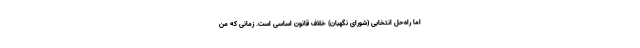
اما راه‌حل انتخابی (شورای نگهبان) خلاف قانون اساسی است. زمانی که من